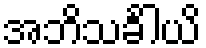
အဘိသင်္ခါယိ